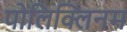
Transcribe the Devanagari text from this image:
पोलिक्लिनम